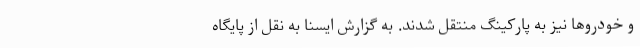
و خودروها نیز به پارکینگ منتقل شدند. به گزارش ایسنا به نقل از پایگاه